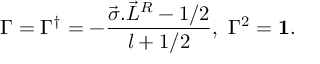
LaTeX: \Gamma = \Gamma ^ { \dagger } = - \frac { \vec { \sigma } . { \vec { L } } ^ { R } - 1 / 2 } { l + 1 / 2 } , ~ \Gamma ^ { 2 } = { \bf 1 } .